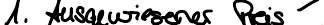
1. Ausgewiesener Preis